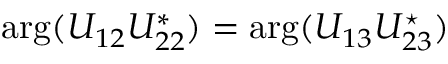
\arg ( U _ { 1 2 } U _ { 2 2 } ^ { * } ) = \arg ( U _ { 1 3 } U _ { 2 3 } ^ { \star } )